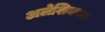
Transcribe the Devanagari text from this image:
अलेशिनच्या